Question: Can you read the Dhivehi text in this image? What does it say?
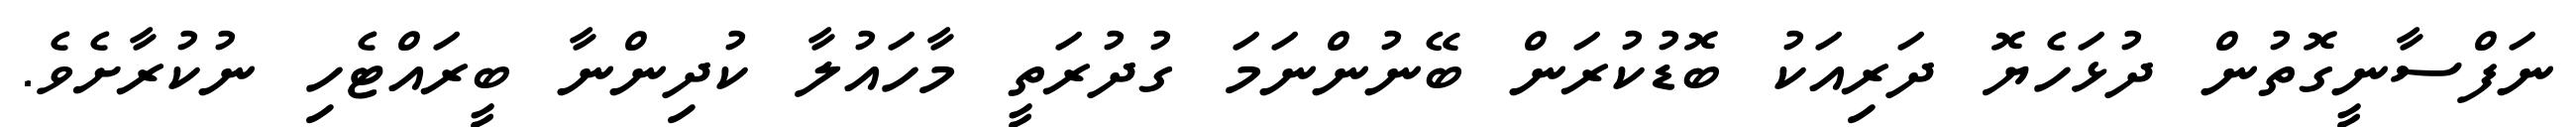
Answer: ނަފްސާނީގޮތުން ދުޅަހެޔޮ ދަރިއަކު ބޮޑުކުރަން ބޭނުންނަމަ ގުދުރަތީ މާހައުލާ ކުދިންނާ ބީރައްޓެހި ނުކުރާށެވެ.